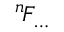
^ { n \! } F _ { \dots }